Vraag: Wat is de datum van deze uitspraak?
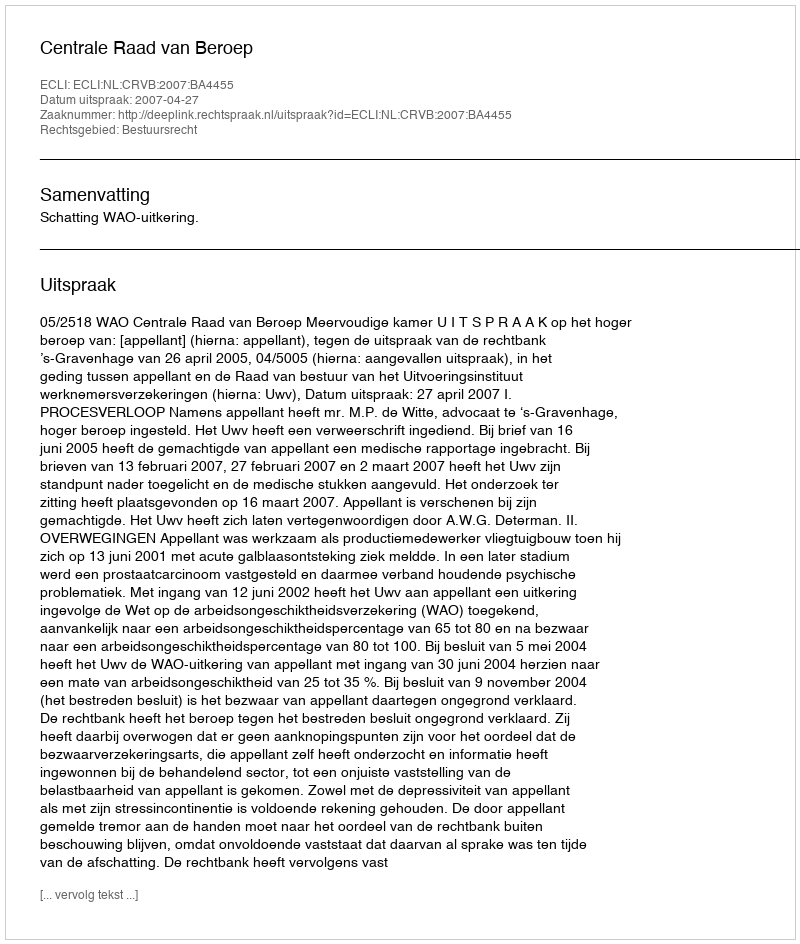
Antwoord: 2007-04-27